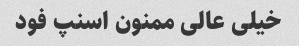
خیلی عالی ممنون اسنپ فود